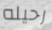
رحيله